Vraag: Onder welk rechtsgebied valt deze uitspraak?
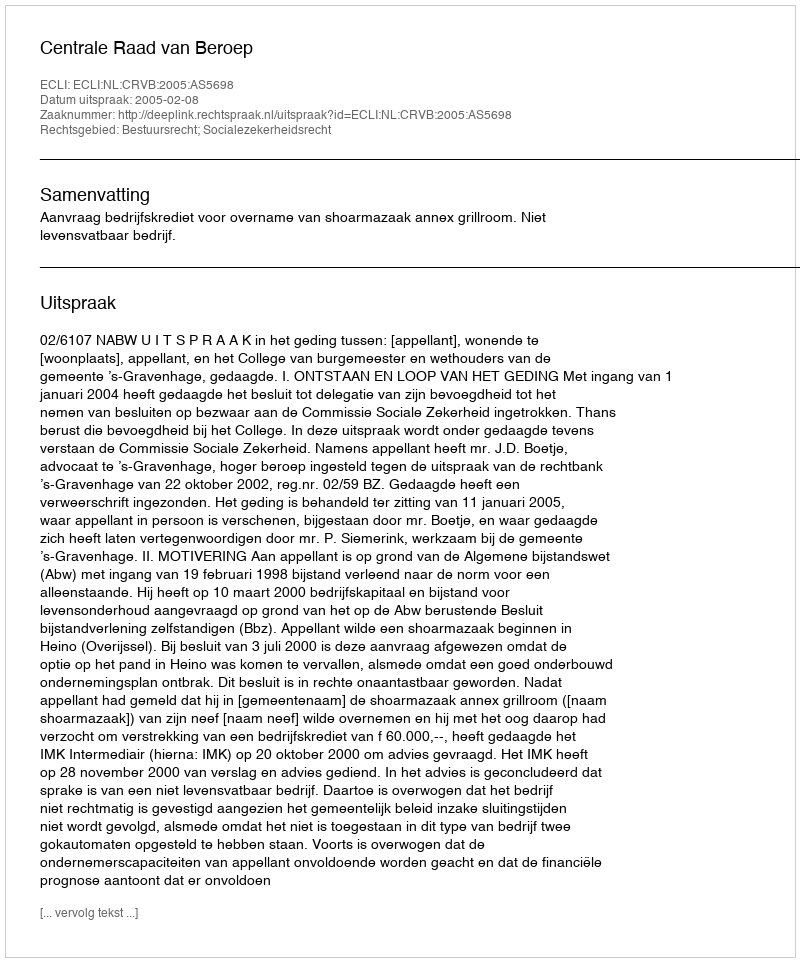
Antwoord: Bestuursrecht; Socialezekerheidsrecht